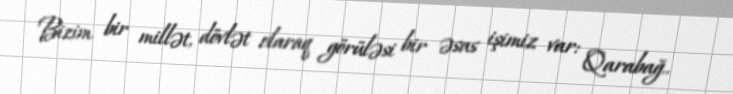
Bizim bir millət, dövlət olaraq görüləsi bir əsas işimiz var: Qarabağ..